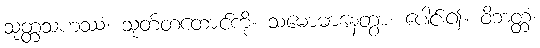
သုတ္တသဟဿံ၊ သုတ်တထောင်ကို။ သမောဓာနေတွာ၊ ပေါင်း၍။ ဝိဘတ္တံ၊